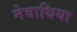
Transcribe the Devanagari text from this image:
नेवाधिया